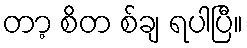
တာ့ စိတ စ်ချ ရပါပြီ။